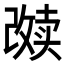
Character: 𱑑